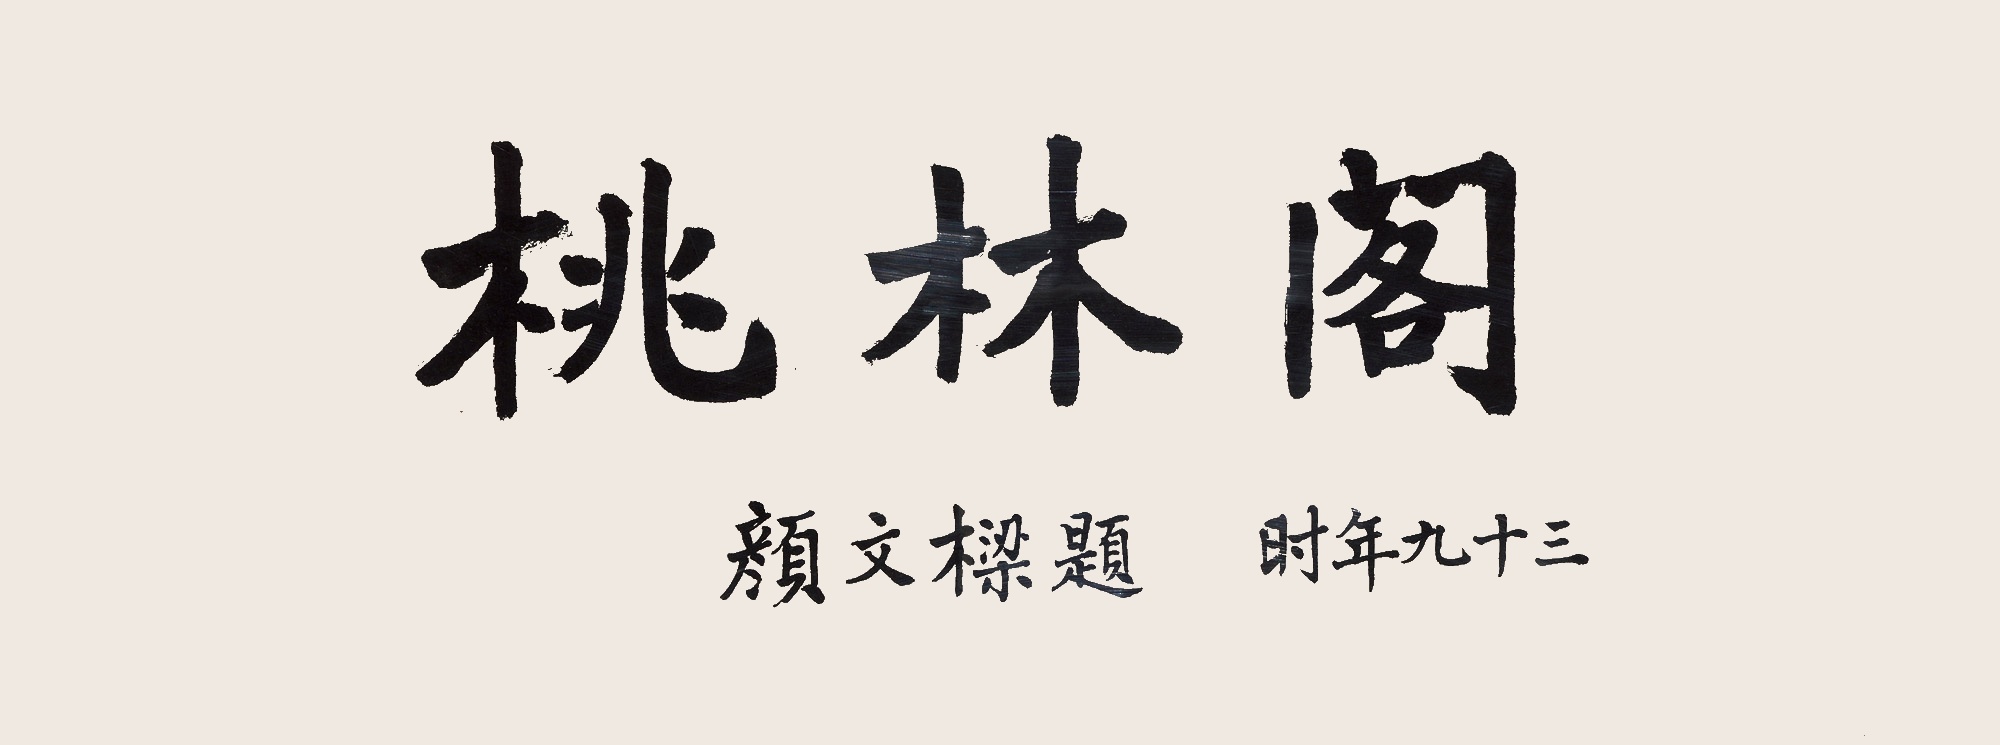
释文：桃林阁颜文梁题，时年九十三。